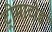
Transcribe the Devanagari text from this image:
ट्रीमाटोड